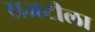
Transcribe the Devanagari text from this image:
राजटीला